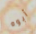
أبوه